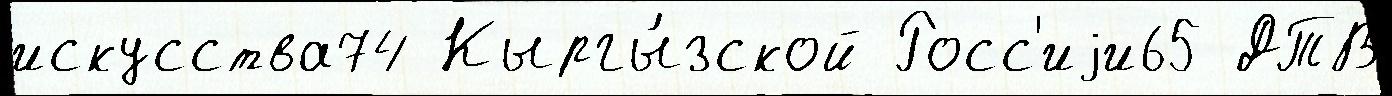
искусства74 Кыргы́зской Росс'иjи65 ДТВ